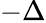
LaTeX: -\Delta